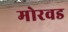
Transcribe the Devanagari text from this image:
मोरवड